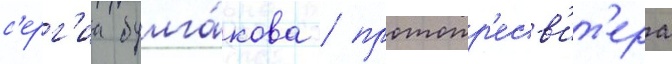
с'ерг'иа булга́кова / протопр'есв'ит'ера